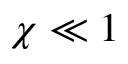
\chi \ll 1